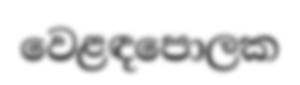
වෙළඳපොලක